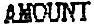
AMOUNT